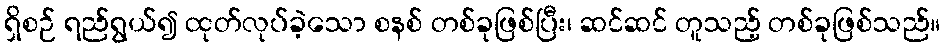
ရှိစဉ် ရည်ရွယ်၍ ထုတ်လုပ်ခဲ့သော စနစ် တစ်ခုဖြစ်ပြီး၊ ဆင်ဆင် တူသည့် တစ်ခုဖြစ်သည်။